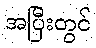
အပြီးတွင်